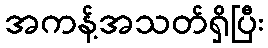
အကန့်အသတ်ရှိပြီး